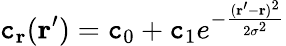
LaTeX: \mathtt{c}_{\textbf{{r}}}(\textbf{{r}}^{\prime})=\mathtt{c}_{0}+\mathtt{c}_{1}e^{-\frac{{(\textbf{{r}}^{\prime}-\textbf{{r}})^{2}}}{{2\sigma^{2}}}}